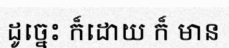
ដូច្នេះ ក៏ដោយ ក៏ មាន